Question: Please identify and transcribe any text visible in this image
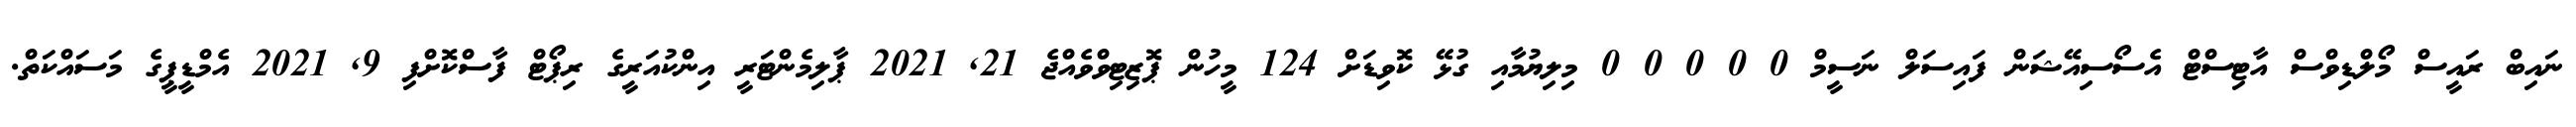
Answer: ނައިބް ރައީސް މޯލްޑިވްސް އާޓިސްޓް އެސޯސިއޭޝަން ފައިސަލް ނަސީމް 0 0 0 0 0 މިލިޔުމާއި ގުޅޭ ކޮވިޑަށް 124 މީހުން ޕޮޒިޓިވްވެއްޖެ 21, 2021 ޕާލިމެންޓަރީ އިންކުއަރީގެ ރިޕޯޓް ފާސްކޮށްފި 9, 2021 އެމްޑީޕީގެ މަސައްކަތް.